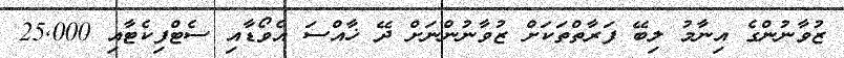
ޒުވާނުންގެ އިނާމު ލިބޭ ފަރާތްތަކަށް ޒުވާނުންނަށް ދޭ ޚާއްސަ އެވޯޑާއި ސެޓްފިކެޓާއި 25